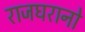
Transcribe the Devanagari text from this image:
राजघरानो